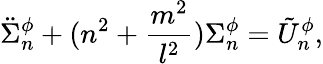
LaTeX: \ddot{\Sigma}_{n}^{\phi}+(n^{2}+\frac{m^{2}}{l^{2}})\Sigma_{n}^{\phi}=\tilde{U}_{n}^{\phi},